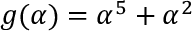
g ( \alpha ) = \alpha ^ { 5 } + \alpha ^ { 2 }